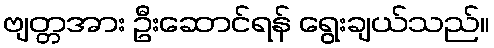
ဗျတ္တအား ဦးဆောင်ရန် ရွေးချယ်သည်။